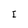
Character: I